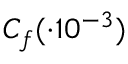
C _ { f } ( \cdot 1 0 ^ { - 3 } )